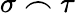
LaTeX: \sigma\frown\tau